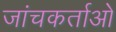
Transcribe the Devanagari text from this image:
जांचकर्ताओ